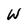
Character: W